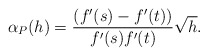
\begin{align*} \begin{aligned}\alpha_P(h)=\frac{(f'(s)-f'(t))}{f'(s)f'(t)}\sqrt{h}. \end{aligned} \end{align*}